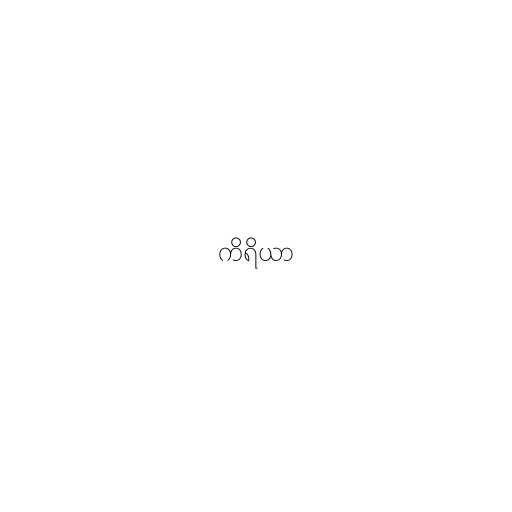
ကိရိယာ